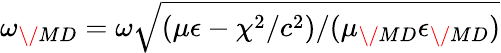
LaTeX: \omega_{\/ {MD}}=\omega\sqrt{(\mu\epsilon-\chi^{2}/c^{2})/(\mu_{\/ {MD}}\epsilon_{\/ {MD}})}